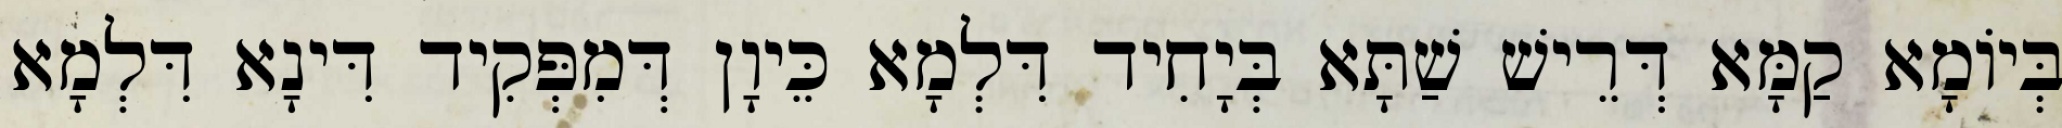
בְּיוֹמָא קַמָּא דְּרֵישׁ שַׁתָּא בְּיָחִיד דִּלְמָא כֵּיוָן דְּמִפְּקִיד דִּינָא דִּלְמָא